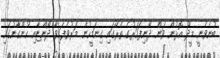
ބުނެވެނީ މީދޫ އޮޅުން ވަން ދޯނިފަހަރުގެ ތެރޭގައި ގިނަމީހުން މަރުވެފައިވާ ދޯންޏާއި ހުންގާނުގައި